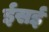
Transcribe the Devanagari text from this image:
ईसई